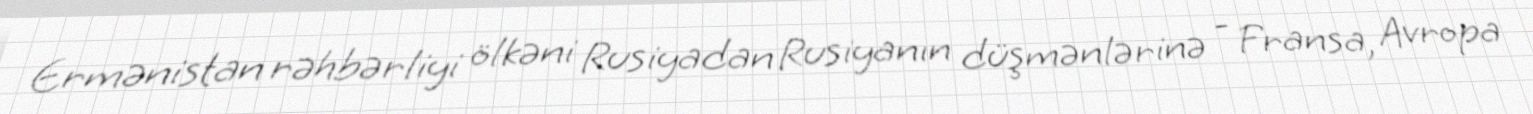
Ermənistan rəhbərliyi ölkəni Rusiyadan Rusiyanın düşmənlərinə - Fransa, Avropa